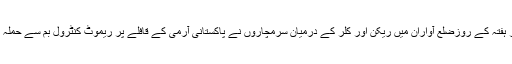
5 نومبر ہفتہ کے روزضلع آواران میں ریکن اور کلر کے درمیان سرمچاروں نے پاکستانی آرمی کے قافلے پر ریموٹ کنٹرول بم سے حملہ کیا ہے۔